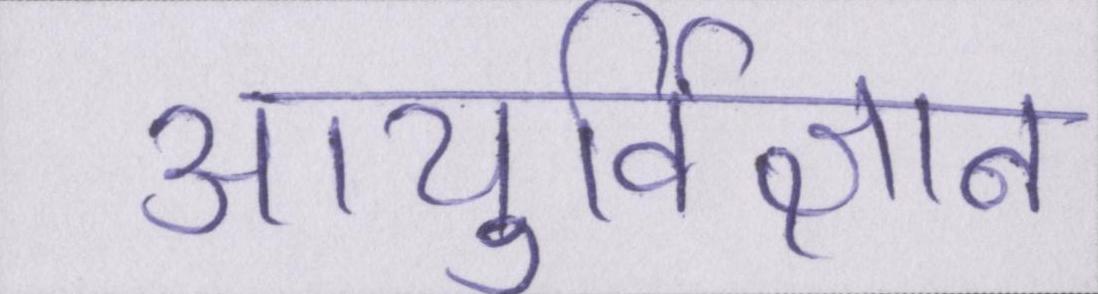
आयुर्विज्ञान